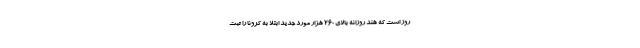
روز است که هند روزانه بالای ۲۶۰ هزار مورد جدید ابتلا به کرونا را ثبت